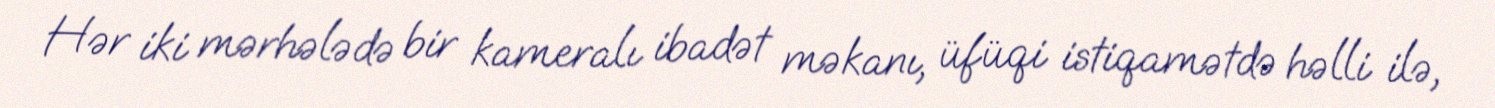
Hər iki mərhələdə bir kameralı ibadət məkanı, üfüqi istiqamətdə həlli ilə,